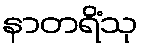
နာတရိံသု